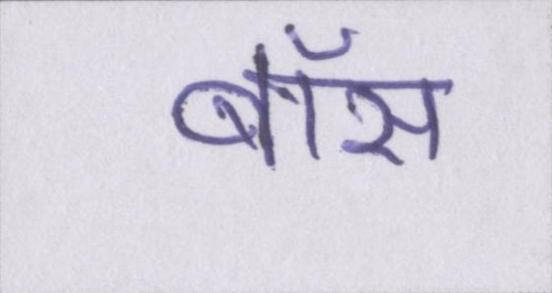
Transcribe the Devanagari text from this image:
बॉस